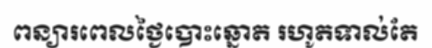
ពន្យារពេលថ្ងៃបោះឆ្នោត រហូតទាល់តែ